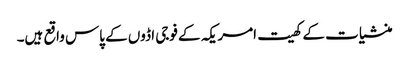
منشیات کے کھیت امریکہ کے فوجی اڈوں کے پاس واقع ہیں۔